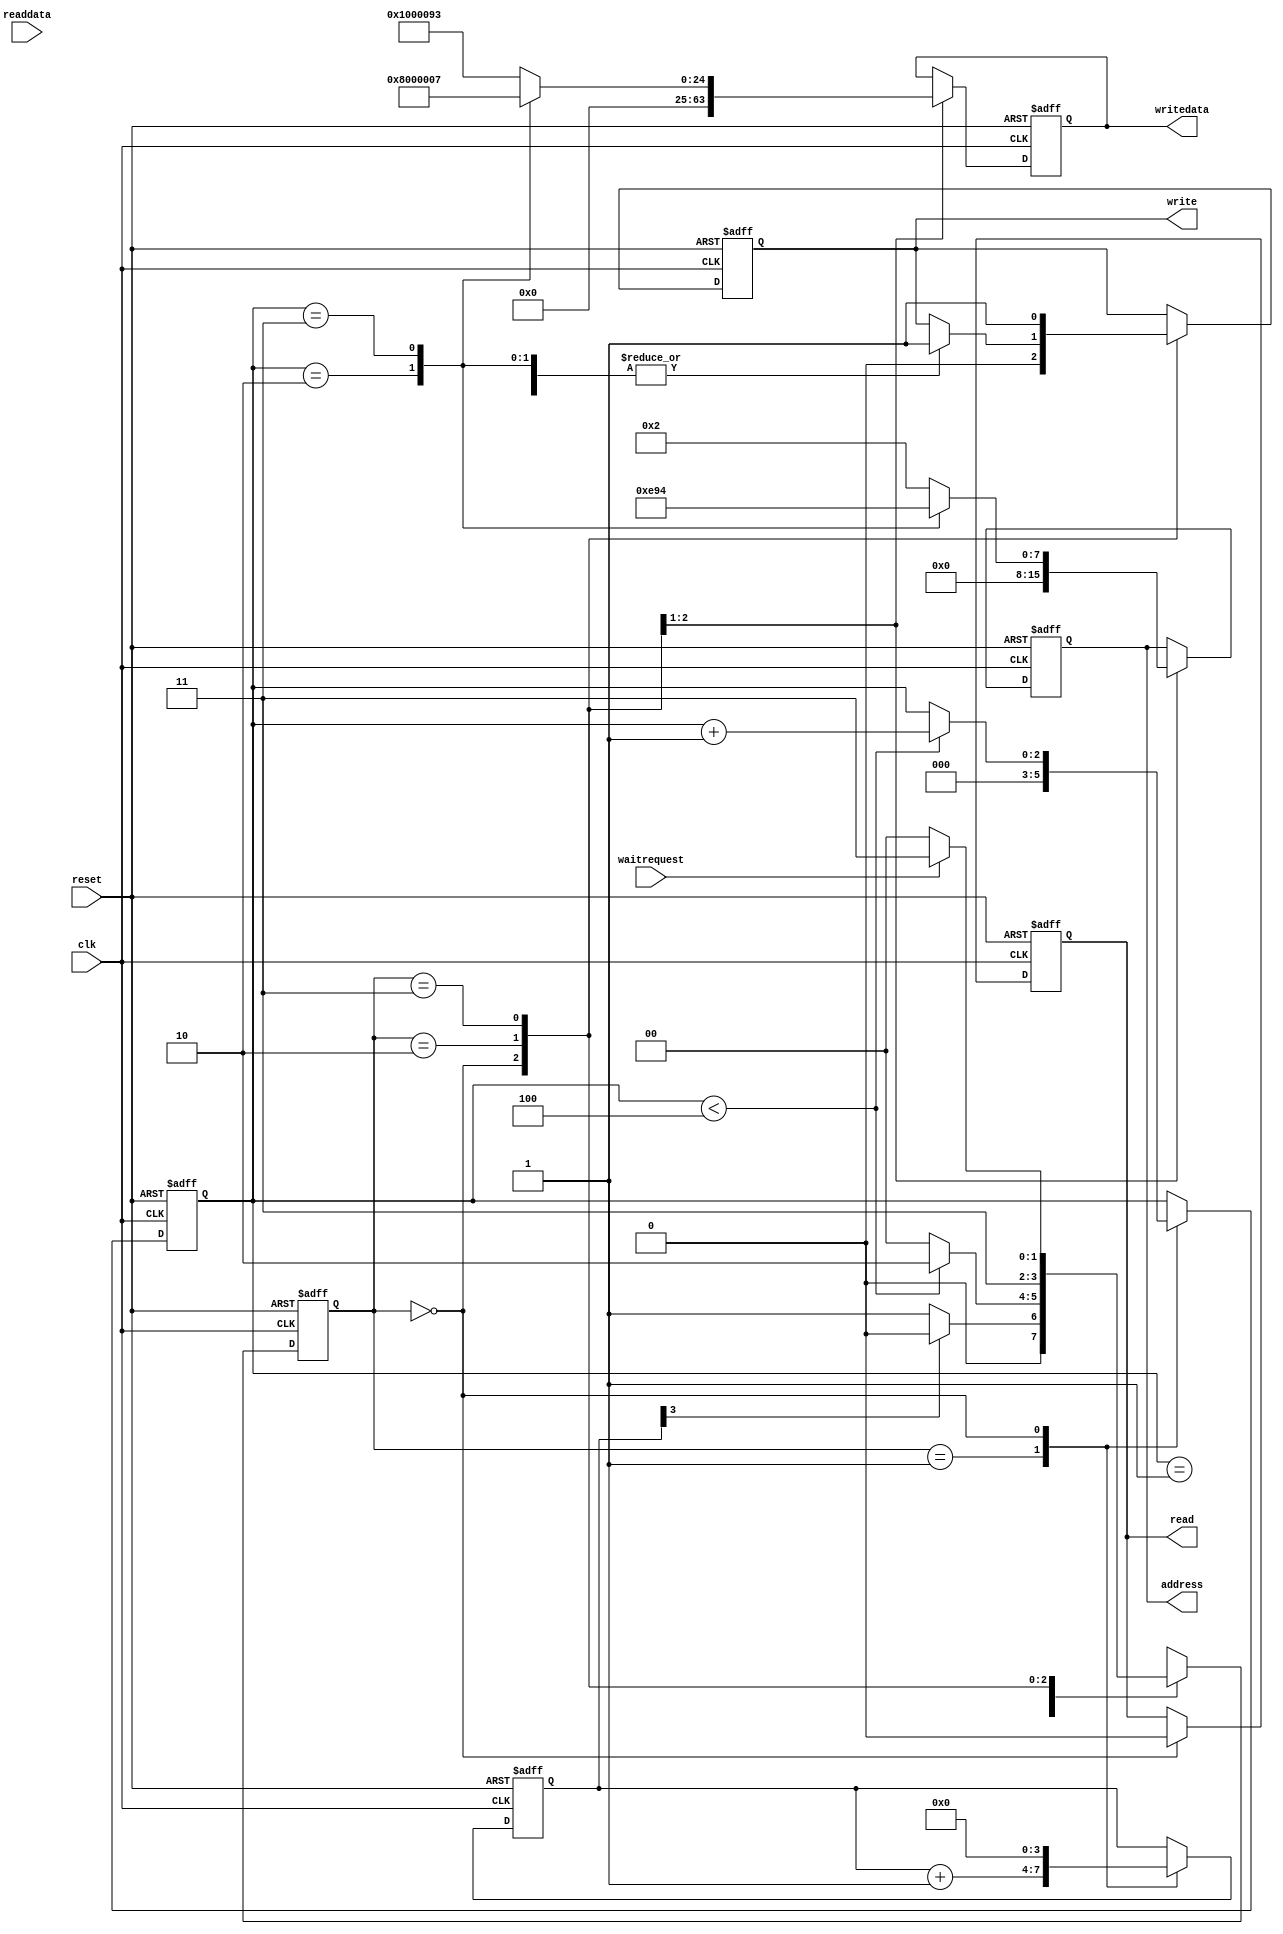
module MAC_REG_ACC(
input				clk,
input				reset,
input				waitrequest,
input		[31:0]	readdata,

output	reg	[7:0]	address,
output	reg			write,
output	reg			read,
output	reg	[31:0]	writedata);
reg			[2:0]		reg_count;
reg			[3:0]		count;
reg 		[1:0]		current_state;
parameter		idle_s	=	2'b00,
				wait_clk_s	=	2'b01,
				write_s	=	2'b10,	
				wait_s	=	2'b11;
always@(posedge clk or negedge reset)
if(!reset)	begin
	address		<=	8'b0;
	write		<=	1'b0;
	read		<=	1'b0;
	writedata	<=	32'b0;
	reg_count	<=	3'b0;
	count		<=	4'b0;
	
	current_state	<=	wait_clk_s;
	end 
	else	begin
		case(current_state)
			wait_clk_s:begin
				reg_count	<=	3'b0;
				count			<=count	+1'b1;
				if(count[3] == 1'b1)
					current_state	<=	idle_s;
					else
						current_state	<=	wait_clk_s;
				end
			idle_s:	begin
				address		<=	8'b0;
				write		<=	1'b0;
				read		<=	1'b0;
				writedata	<=	32'b0;
				count		<=	4'b0;
				if(reg_count	<	3'd4)begin
					reg_count	<=	reg_count	+	3'b1;
					current_state	<=	write_s;
					end
					else	begin						
						current_state	<=	idle_s;
						end
				end
			write_s:	begin
				
				current_state	<=	wait_s;
				case(reg_count)
					3'd1:	begin
						address		<=	8'h2;
						write	<=	1'b1;
						writedata	<=	32'h1000093;
						end
					3'd2:	begin
						address		<=	8'he;
						write	<=	1'b1;
						writedata	<=	32'h4;
						end
					3'd3:	begin
						address		<=	8'h94;
						write	<=	1'b1;
						writedata	<=	32'h7;
						end
					default:	begin
						address		<=	8'h2;
						writedata	<=	32'h1000093;	
						end
					endcase
				end
			wait_s:	begin
				write	<=	1'b1;
				if(waitrequest	==	1'b0)begin
					current_state	<=	idle_s;
					write	<=	1'b1;
					end
					else	begin
						current_state	<=	wait_s;
						end
				end
			endcase
		end 
		
		endmodule